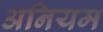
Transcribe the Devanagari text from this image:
अनियम